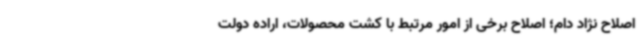
اصلاح نژاد دام؛ اصلاح برخی از امور مرتبط با کشت محصولات، اراده دولت